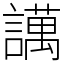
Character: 䜕